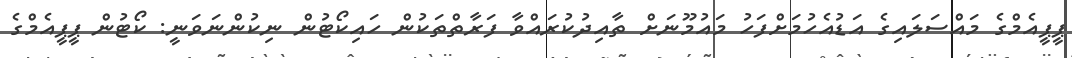
ޕީޕީއެމްގެ މައްސަލައިގެ އަޑުއެހުމަށްފަހު މައުމޫނަށް ތާއިދުކުރައްވާ ފަރާތްތަކުން ހައިކޯޓުން ނިކުންނަވަނީ: ކޯޓުން ޕީޕީއެމްގެ